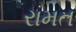
રામત